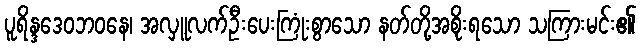
ပူရိန္ဒဒေဝဘဝနေ၊ အလှူလက်ဦးပေးကြုံးစွာသော နတ်တို့အစိုးရသော သကြားမင်း၏